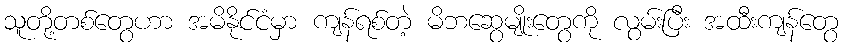
သူတို့တစ်တွေဟာ အမိနိုင်ငံမှာ ကျန်ရစ်တဲ့ မိဘဆွေမျိုးတွေကို လွမ်းပြီး အထီးကျန်တွေ